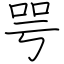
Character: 咢